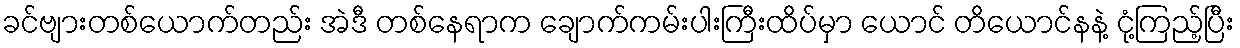
ခင်ဗျားတစ်ယောက်တည်း အဲဒီ တစ်နေရာက ချောက်ကမ်းပါးကြီးထိပ်မှာ ယောင် တိယောင်နနဲ့ ငုံ့ကြည့်ပြီး